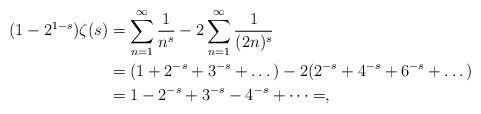
LaTeX: \begin{align*}(1-2^{1-s})\zeta(s) &= \sum_{n=1}^\infty \frac{1}{n^s}-2\sum_{n=1}^\infty \frac{1}{(2n)^s}\\&=(1+2^{-s}+3^{-s}+\dots) - 2(2^{-s}+4^{-s}+6^{-s}+\dots)\\&= 1-2^{-s}+3^{-s}-4^{-s}+\dots =,\end{align*}